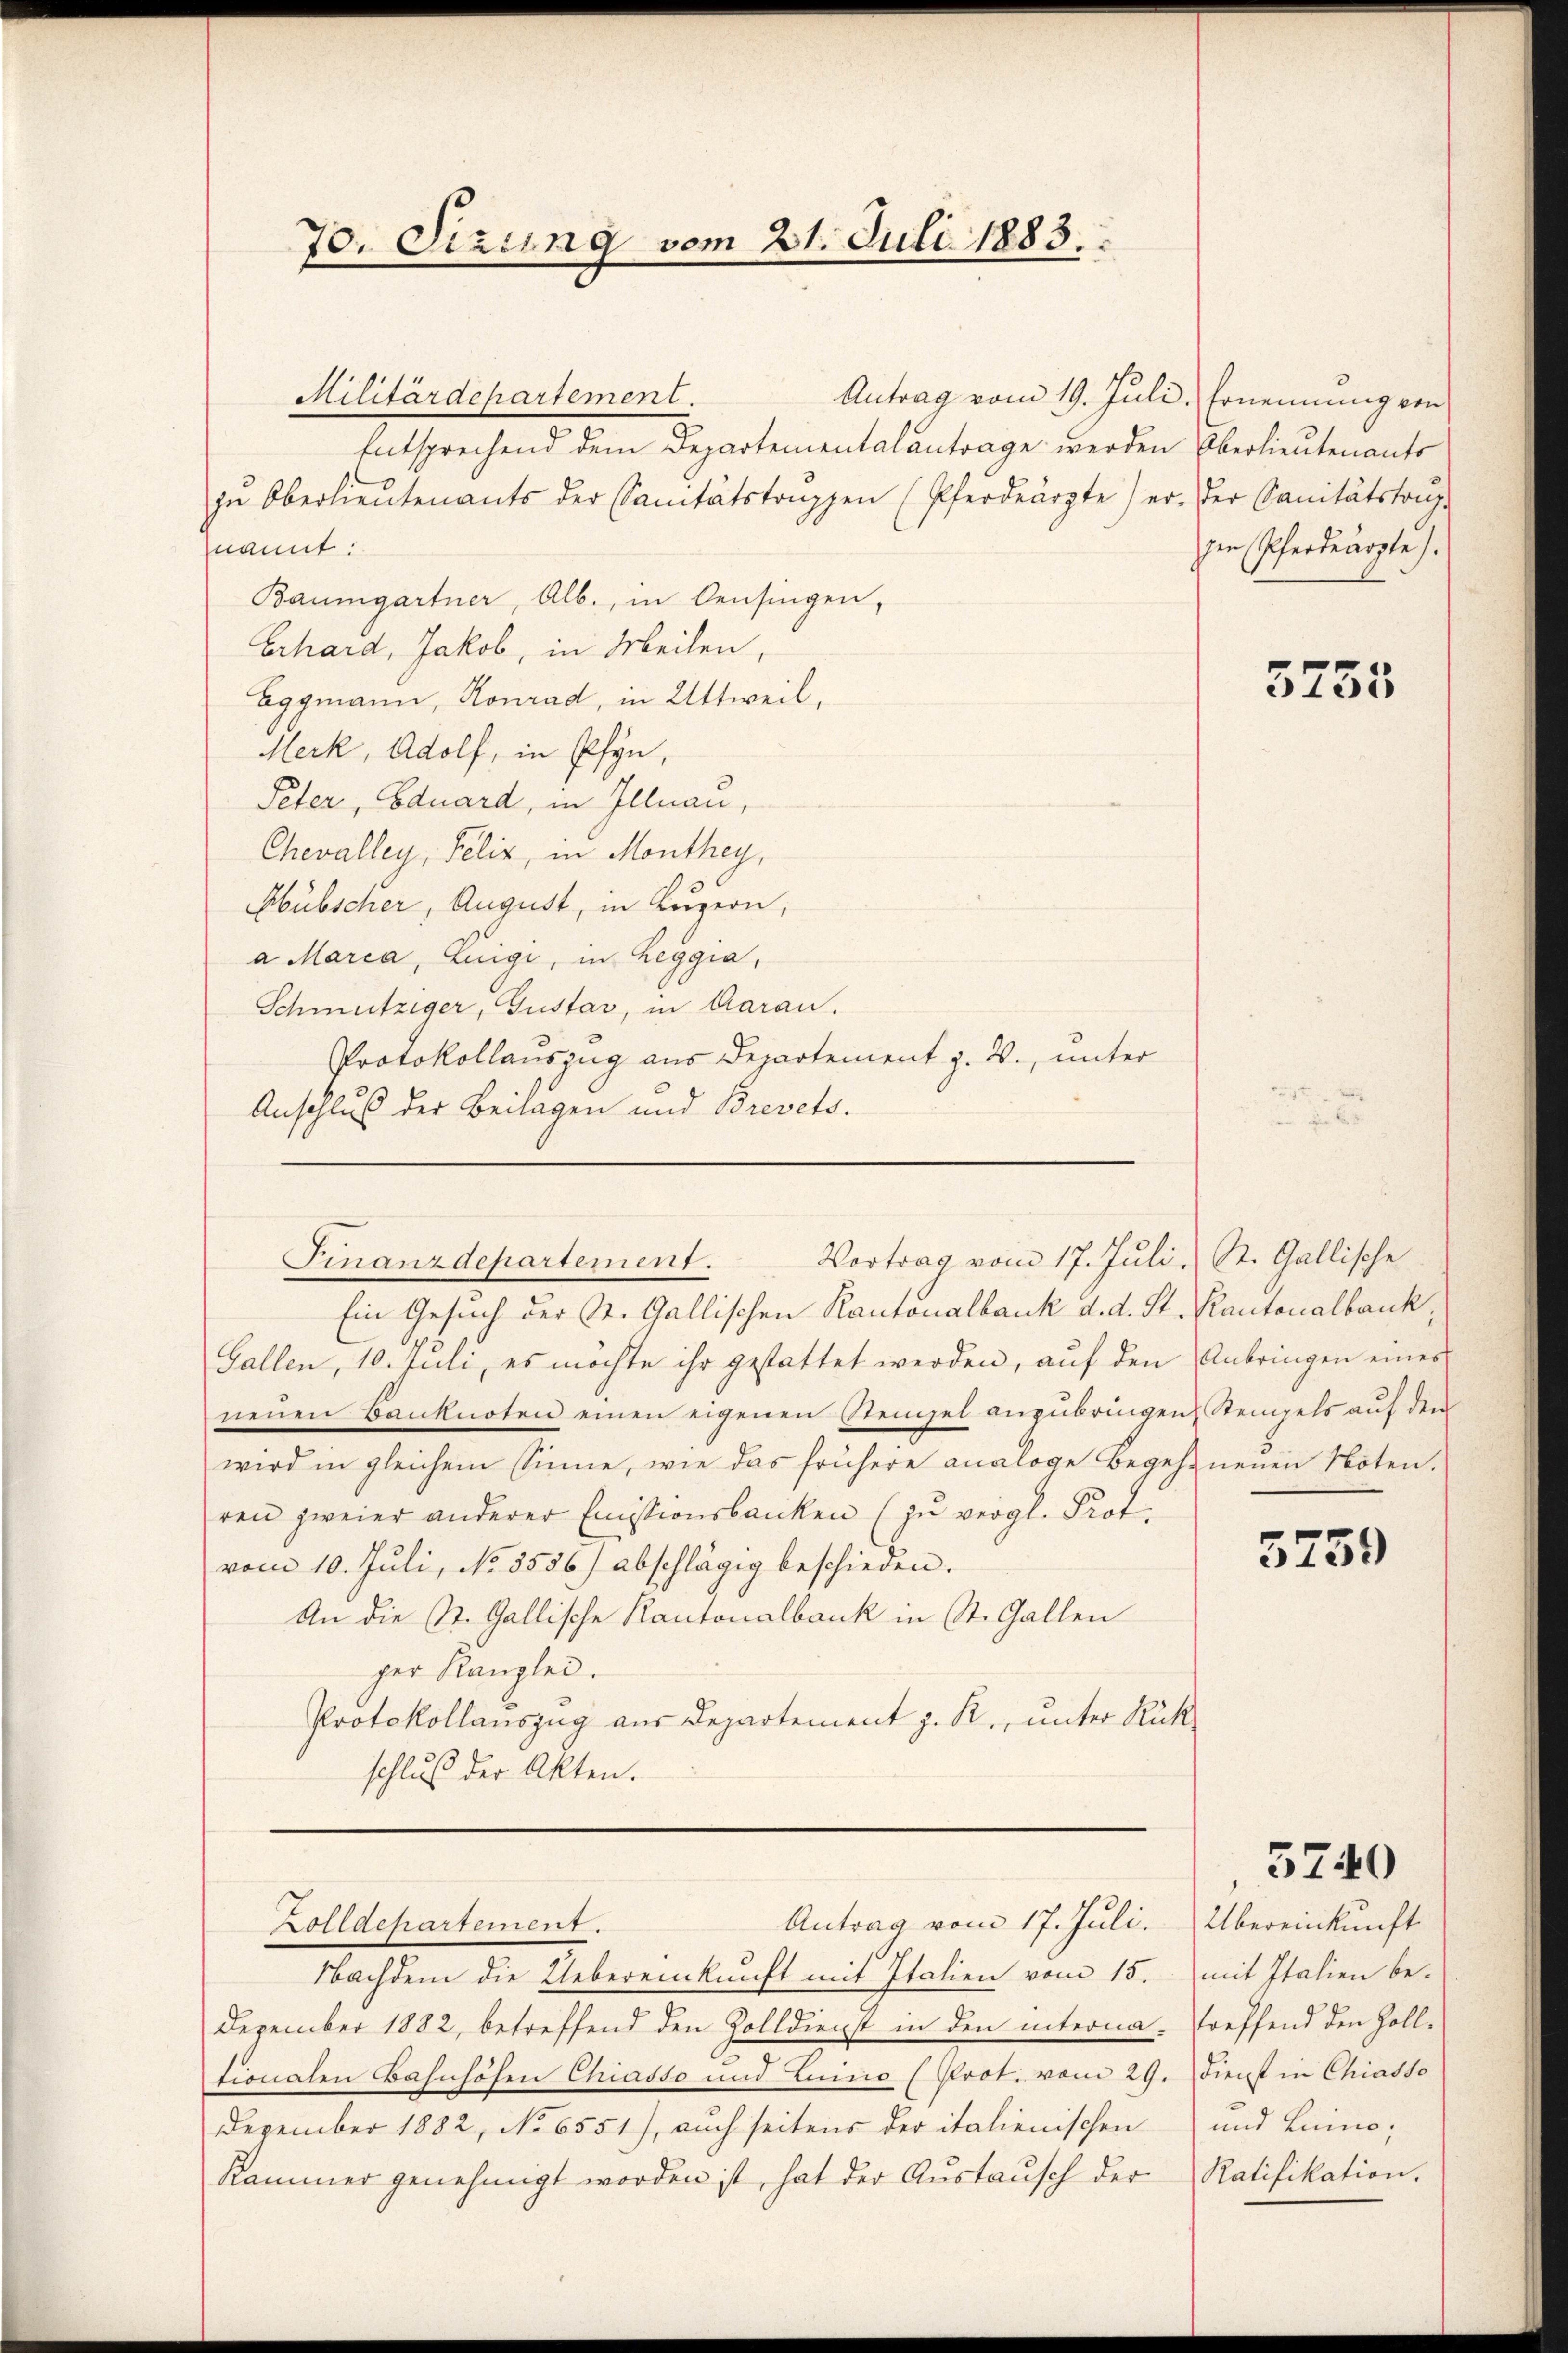
70. Sizung vom 21. Juli 1883.

Militärdepartement.
Antrag vom 19. Juli. Ernennung von
Entsprechend dem Departementalantrage werden Oberlieutenants
zŭ Oberlieŭtenants der Sanitätstruppen (Pferdearzte) er. Der Sanitätshaŭp
nannt:
Baumgartner, Alb., in Censingen,
Erhard, Jakob, in Meilen,
Eggmann, Konrad, in Uttweil,
Merk, Adolf, in Pfyn,
Peter, Eduard, in Illnau,
Chevalley, Felix, in Monthey,
Hübscher, August, in Luzern,
a Maria, Luigi, in Leggia,
Schmutziger, Gustar, in Garan.
Protokollauszug aus Departement z. B., unter
Anschluß der Beilagen und Brevets.

Nachdem die Uebereinkunft mit Italien vom 15.
Dezember 1882, betreffend den Zolldienst in den interna-
tionalen Bahnhöhen Chiasso und Luino (Prot. vom 29. Dienst in Chiasso
Dezember 1882, No 6551), auch seitens der italienischen
Kammer genehmigt worden ist, hat der Austausch der

Gallen, 10. Juli, es möchte ihr gestattet werden, auf den Anbringen eines
neŭen Banknoten einen eigenen Stempel anzŭbringen Stempels auf den
wird in gleichem Sinne, wie das frühere analoge Begehr neuen Noten.
ren zweier anderer Emistionsbanken (zu vergl. Prot.
vom 10. Juli, No. 5556) abschlägig beschieden.
An die St. Gallische Kantonalbank in St. Gallen
ger Kanzlei.
Protokollauszug aus Departement z. R., unter Rück
schluß der Akten.

Finanzdepartement. Vortrag vom 17. Juli, St. Gallische
Ein Gesuch der St. Gallischen Kantonalbank d. d. St. Kantonalbank,

Antrag vom 17. Juli.
Zolldepartement.

zen (Pferdearzte).

5755

3759

Übereinkunft
mit Italien betreffend den Zoll¬
und Luino,
Ratifikation.

3740